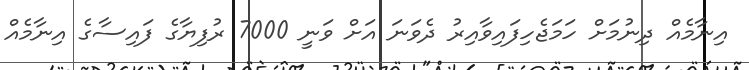
އިނާމެއް ދިނުމަށް ހަމަޖެހިފައިވާއިރު ދެވަނަ އަށް ވަނީ 7000 ރުފިޔާގެ ފައިސާގެ އިނާމެއް